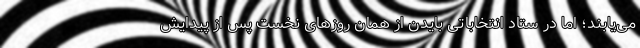
می‌یابند؛ اما در ستاد انتخاباتی بایدن از همان روزهای نخست پس از پیدایش